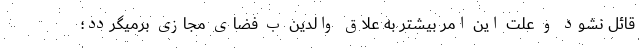
قائل نشود و علت این امر بیشتر به علاق والدین ب فضای مجازی برمیگردد؛